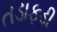
તડાફડી